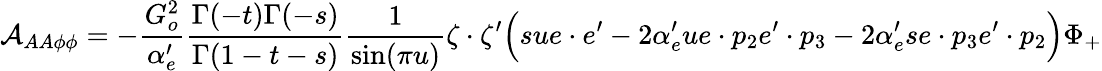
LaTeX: {\cal A}_{AA\phi\phi}=-\frac{G_{o}^{2}}{\alpha_{e}^{\prime}}\frac{\Gamma(-t)\Gamma(-s)}{\Gamma(1-t-s)}\frac{1}{\sin(\pi u)}\zeta\cdot\zeta^{\prime}\Big(sue\cdot e^{\prime}-2\alpha_{e}^{\prime}ue\cdot p_{2}e^{\prime}\cdot p_{3}-2\alpha_{e}^{\prime}se\cdot p_{3}e^{\prime}\cdot p_{2}\Big)\Phi_{+}